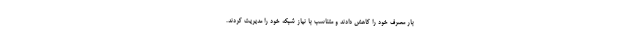
بار مصرف خود را کاهش دادند و متناسب با نیاز شبکه خود را مدیریت کردند.